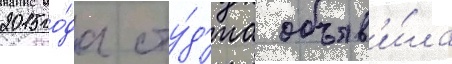
2015 го́да сту́д'иа объяв'и́ла